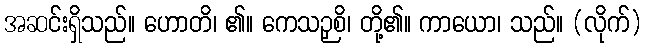
အဆင်းရှိသည်။ ဟောတိ၊ ၏။ ကေသဉှစိ၊ တို့၏။ ကာယော၊ သည်။ (လိုက်)